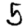
Digit: 5